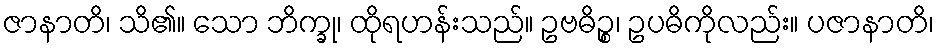
ဇာနာတိ၊ သိ၏။ သော ဘိက္ခု၊ ထိုရဟန်းသည်။ ဥဗဓိဉ္စ၊ ဥပဓိကိုလည်း။ ပဇာနာတိ၊